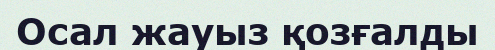
Осал жауыз қозғалды